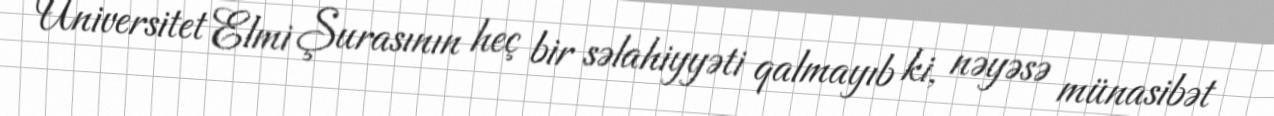
Universitet Elmi Şurasının heç bir səlahiyyəti qalmayıb ki, nəyəsə münasibət